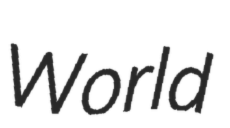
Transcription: World